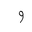
Letter: _waw